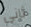
ثانى